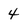
Character: 4